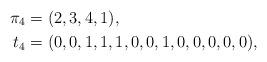
LaTeX: \begin{align*}\pi_4&=(2,3,4,1),\\t_4 &=(0,0,1,1,1,0,0,1,0,0,0,0,0),\end{align*}